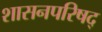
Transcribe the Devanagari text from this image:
शासनपरिषद्